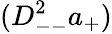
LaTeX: (D_{--}^{2}a_{+})